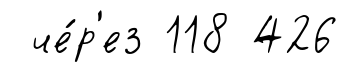
че́р'ез 118 426